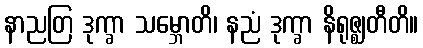
နာညတြ ဒုက္ခာ သမ္ဘောတိ၊ နညံ ဒုက္ခာ နိရုဇ္ဈတီတိ။